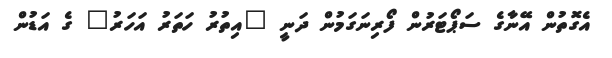
އެގޮތުން އޭނާގެ ސަޕޯޓަރުން ފޯރިނަގަމުން ދަނީ "އިތުރު ހަތަރު އަހަރު" ގެ އަޑުން